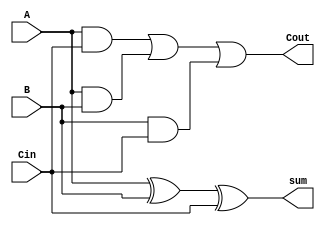
`timescale 1ns / 1ps



module adder(A, B, Cin, sum, Cout);

input A;
input B;
input Cin;
output sum;
output Cout;


assign sum = A ^ B ^ Cin;
assign Cout = (A&Cin) | (A&B) | (B&Cin);



endmodule